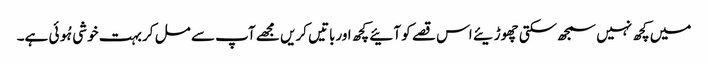
میں کچھ نہیں سمجھ سکتی چھوڑیئے اس قصے کو آئیے کچھ اورباتیں کریں مجھے آپ سے مل کر بہت خوشی ہُوئی ہے۔